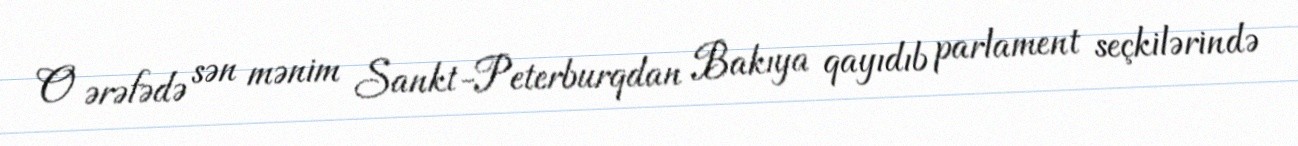
O ərəfədə sən mənim Sankt-Peterburqdan Bakıya qayıdıb parlament seçkilərində